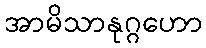
အာမိသာနုဂ္ဂဟော